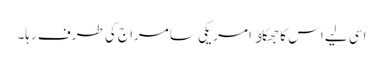
اسی لیے اس کا جھکاﺅ امریکی سامراج کی طرف رہا۔